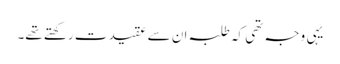
یہی وجہ تھی کہ طلبہ ان سے عقیدت رکھتے تھے۔